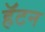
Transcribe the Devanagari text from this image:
हॅटन